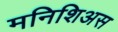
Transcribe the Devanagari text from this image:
मनिशिअस